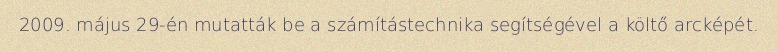
2009. május 29-én mutatták be a számítástechnika segítségével a költő arcképét.